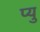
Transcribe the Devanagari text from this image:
प्यु